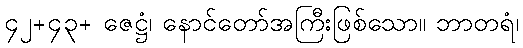
၄၂+၄၃+ ဇေဋ္ဌံ၊ နောင်တော်အကြီးဖြစ်သော။ ဘာတရံ၊